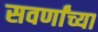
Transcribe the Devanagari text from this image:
सवर्णांच्या